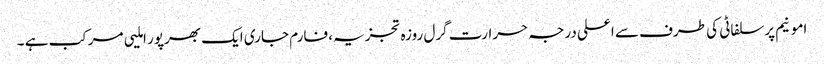
امونیم پرسلفاٹی کی طرف سے اعلی درجہ حرارت گرل روزہ تجزیہ، فارم جاری ایک بھرپور املیی مرکب ہے ۔